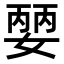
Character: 𡠈